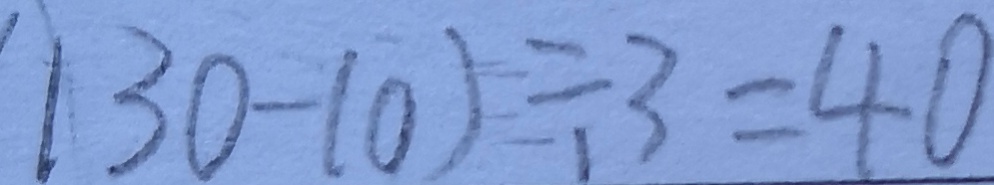
1 3 0 - 1 0 ) \div 3 = 4 0